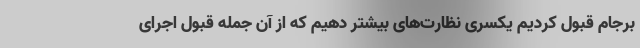
برجام قبول کردیم یکسری نظارت‌های بیشتر دهیم که از آن جمله قبول اجرای